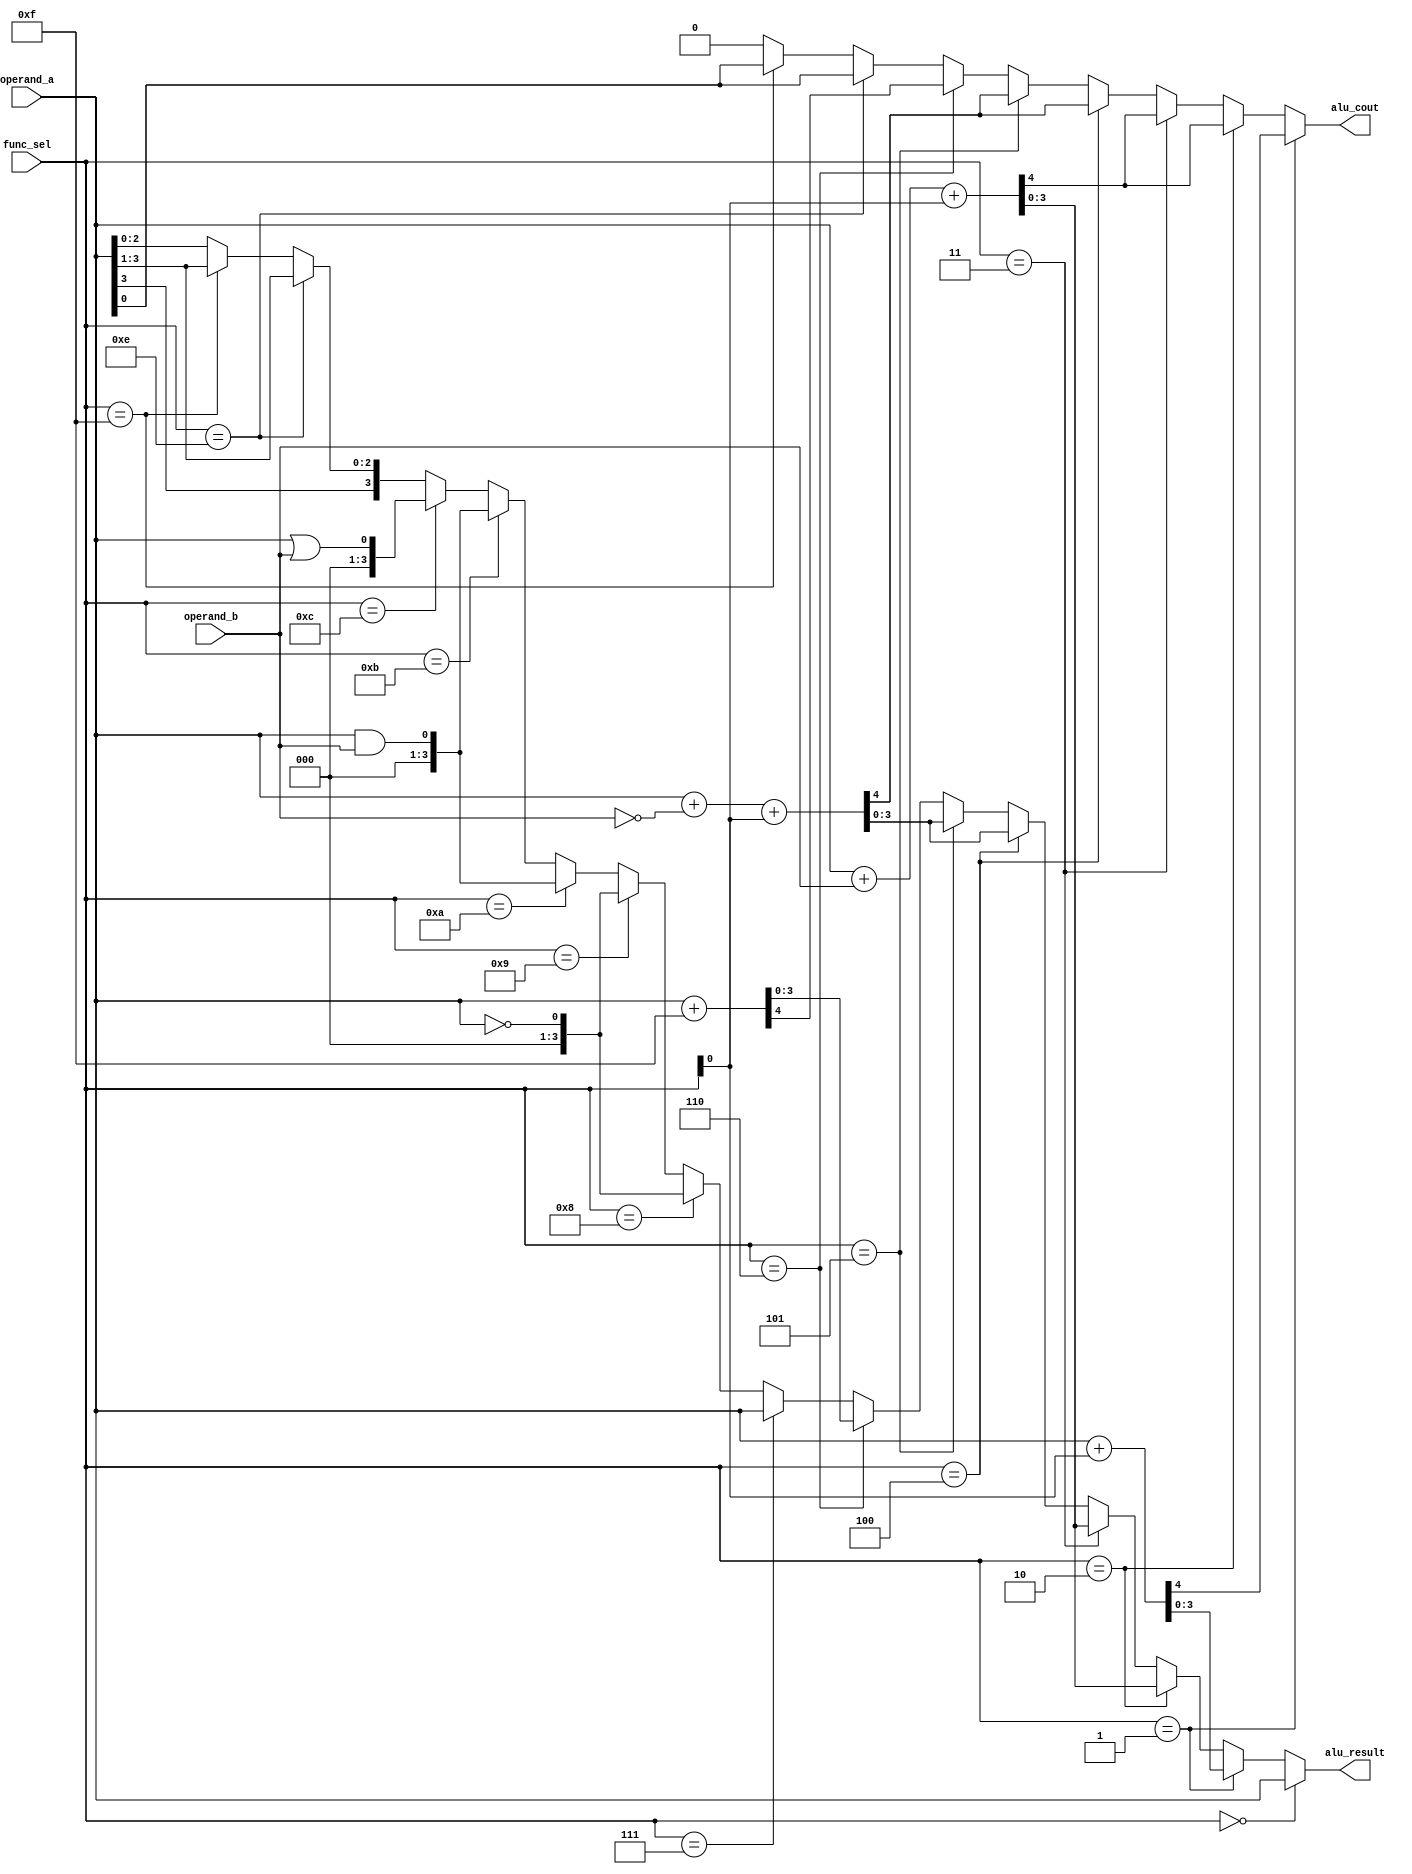
module vpl_alu_beh_v (operand_a,operand_b,func_sel,alu_result,alu_cout);
	input [3:0] operand_a,operand_b,func_sel;
	output reg [3:0] alu_result;
	output reg alu_cout;
	reg [4:0] sum,incr,diff,decr,shr;
	
	always @ (func_sel,operand_a,operand_b,sum,incr,diff,decr,shr)
	
	begin
	
		sum = {1'b0,operand_a} + {1'b0,operand_b} + func_sel[0];
		diff = {1'b0,operand_a} + {1'b0,!operand_b} + func_sel[0];
		incr = {1'b0,operand_a} + func_sel[0];
		decr = {1'b0,operand_a} + 5'b01111;
		shr = {operand_a[0],operand_a[3],operand_a[3],operand_a[2],operand_a[1]};
		
		if (func_sel == 4'b0000) alu_result = operand_a;
		else if (func_sel == 4'b0001) alu_result = incr[3:0];
		else if (func_sel == 4'b0010) alu_result = sum[3:0];
		else if (func_sel == 4'b0011) alu_result = sum[3:0];
		else if (func_sel == 4'b0100) alu_result = diff[3:0];
		else if (func_sel == 4'b0101) alu_result = diff[3:0];
		else if (func_sel == 4'b0110) alu_result = decr[3:0];
		else if (func_sel == 4'b0111) alu_result = operand_a;
		else if (func_sel == 4'b1000) alu_result = !operand_a;
		else if (func_sel == 4'b1001) alu_result = !operand_a;
		else if (func_sel == 4'b1010) alu_result = operand_a && operand_b;
		else if (func_sel == 4'b1011) alu_result = operand_a && operand_b;
		else if (func_sel == 4'b1100) alu_result = operand_a || operand_b;
		else if (func_sel == 4'b1110) alu_result = shr[3:0];
		else if (func_sel == 4'b1111) alu_result = shr[3:0];
		else alu_result = operand_a;
		
		if (func_sel == 4'b0001) alu_cout = incr[4];
		else if (func_sel == 4'b0010) alu_cout = sum[4];
		else if (func_sel == 4'b0011) alu_cout = sum[4];
		else if (func_sel == 4'b0100) alu_cout = diff[4];
		else if (func_sel == 4'b0101) alu_cout = diff[4];
		else if (func_sel == 4'b0110) alu_cout = decr[4];
		else if (func_sel == 4'b1110) alu_cout = shr[4];
		else if (func_sel == 4'b1111) alu_cout = shr[4];
		else alu_cout = 1'b0;
		
	end

endmodule